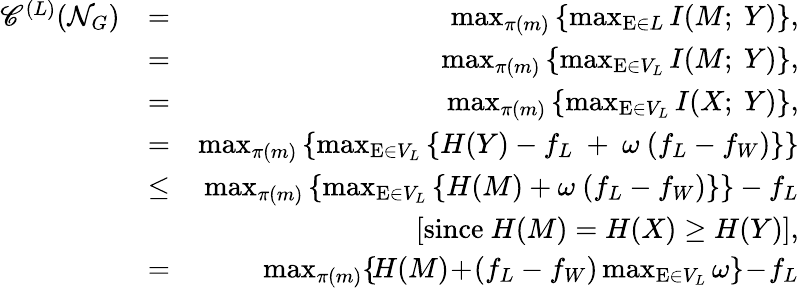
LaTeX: \begin{array}{rlr}{\mathscr{C}^{(L)}(\mathcal{N}_{G})}&{=}&{\operatorname*{max}_{\pi(m)}\left\{ \operatorname*{max}_{\mathrm{E}\in L}I(M;~Y)\right\} ,}\\ &{=}&{\operatorname*{max}_{\pi(m)}\left\{ \operatorname*{max}_{\mathrm{E}\in V_{L}}I(M;~Y)\right\} ,}\\ &{=}&{\operatorname*{max}_{\pi(m)}\left\{ \operatorname*{max}_{\mathrm{E}\in V_{L}}I(X;~Y)\right\} ,}\\ &{=}&{\operatorname*{max}_{\pi(m)}\left\{ \operatorname*{max}_{\mathrm{E}\in V_{L}}\left\{ H(Y)-f_{L}~+~\omega~(f_{L}-f_{W})\right\} \right\} }\\ &{\leq}&{\operatorname*{max}_{\pi(m)}\left\{ \operatorname*{max}_{\mathrm{E}\in V_{L}}\left\{ H(M)+\omega~(f_{L}-f_{W})\right\} \right\} -f_{L}}\\ &{~}&{[\mathrm{since}~H(M)=H(X)\geq H(Y)],}\\ &{=}&{\! \operatorname*{max}_{\pi(m)}\! \left\{ \! H(M)\! +\! (f_{L}-f_{W})\operatorname*{max}_{\mathrm{E}\in V_{L}}\omega\right\} \! -\! f_{L}}\end{array}